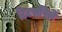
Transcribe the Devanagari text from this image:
टिटसविले